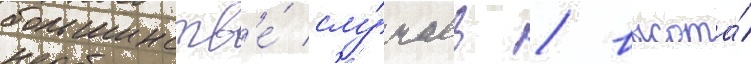
большинств'е́ слу́чаев / высота́